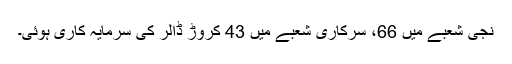
نجی شعبے میں 66، سرکاری شعبے میں 43 کروڑ ڈالر کی سرمایہ کاری ہوئی۔